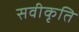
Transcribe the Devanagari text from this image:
सवीकृति